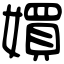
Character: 㜥